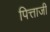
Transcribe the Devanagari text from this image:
पित्ताजी